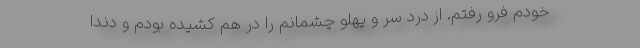
خودم فرو رفتم. از درد سر و پهلو چشمانم را در هم کشیده بودم و دندا